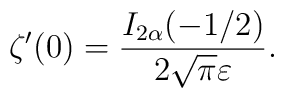
\zeta ' (0)=\frac{I_{2\alpha}(-1/2)}{2\sqrt \pi \varepsilon}{.}